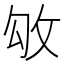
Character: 𢼃